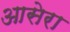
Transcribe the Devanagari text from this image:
आसेरा